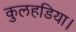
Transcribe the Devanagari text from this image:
कुलहडिया।